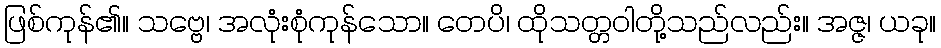
ဖြစ်ကုန်၏။ သဗ္ဗေ၊ အလုံးစုံကုန်သော။ တေပိ၊ ထိုသတ္တဝါတို့သည်လည်း။ အဇ္ဇ၊ ယခု။